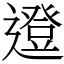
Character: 邆